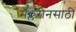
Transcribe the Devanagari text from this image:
मॅक्लरीनसाठी